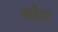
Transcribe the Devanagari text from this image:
गोहा